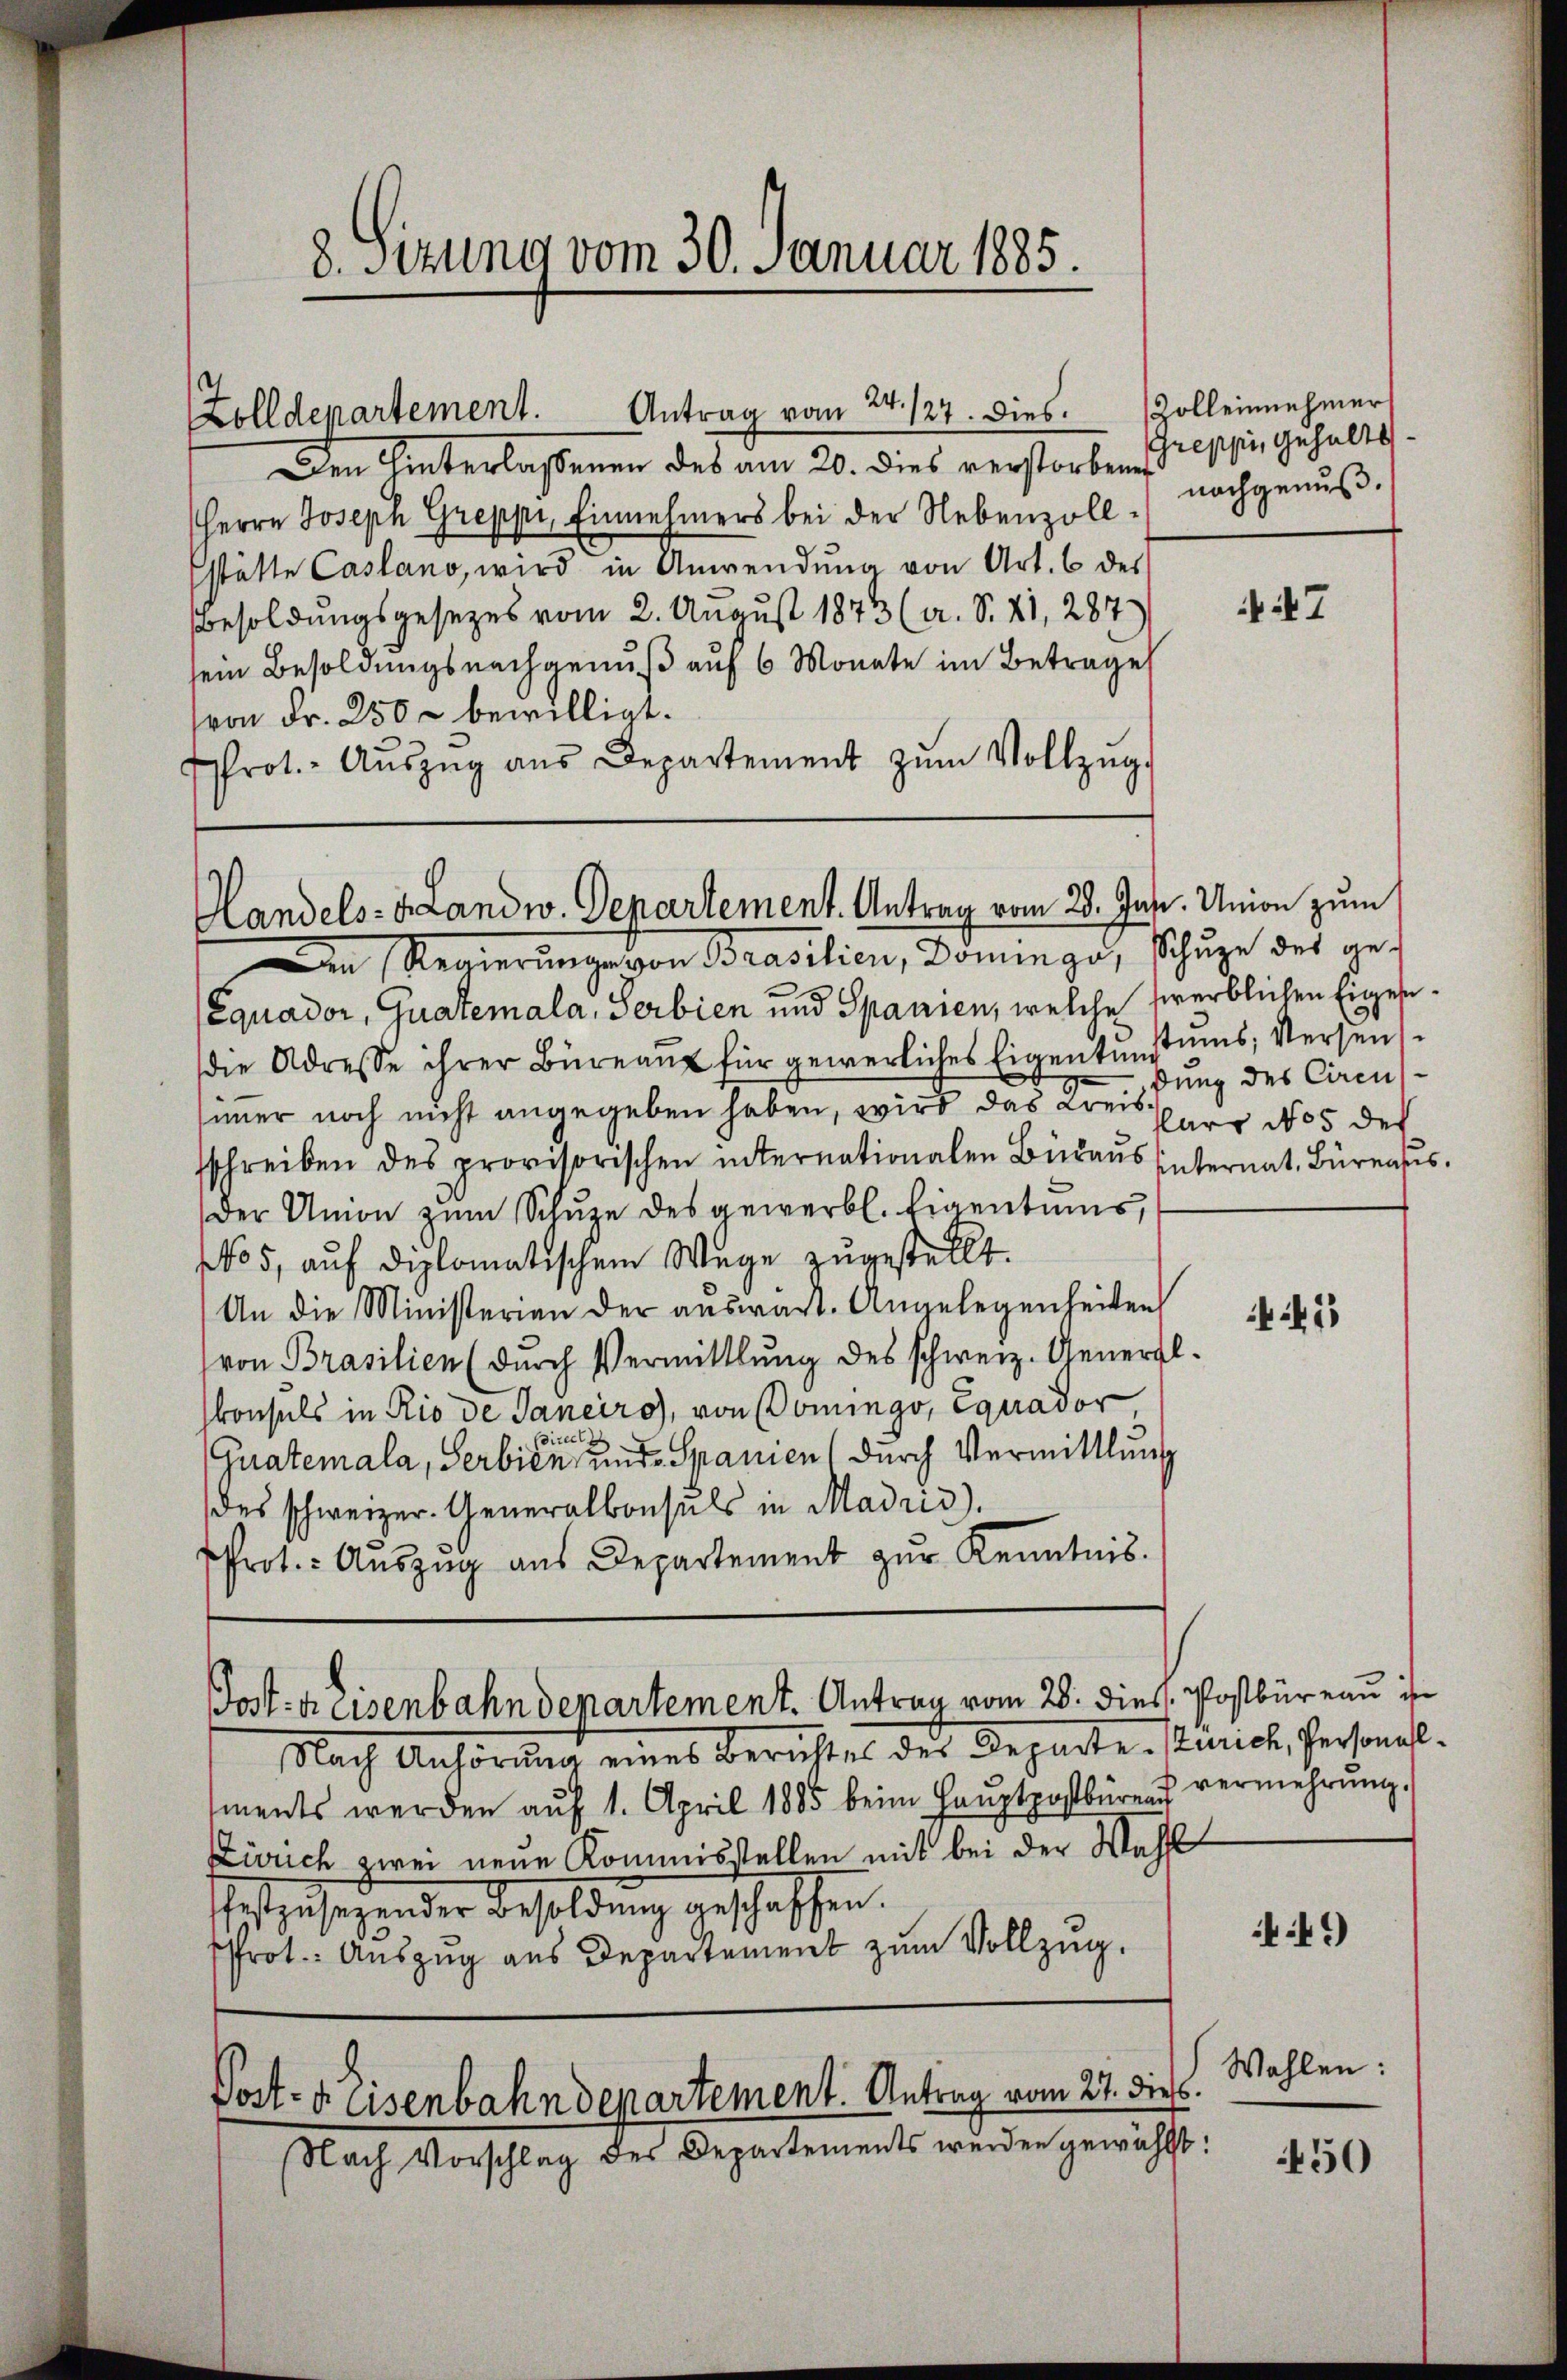
Den Hinterlassenen des am 20. dies verstorben (Greppe gehalts¬
Herrn Joseph Greppe, Einnehmers bei der Nebenzollstätte Casano, wird in Anwendŭng von Art. 6 des
Besoldungsgesezes vom 2. August 1843 (a. S. 21, 287)
sein Besoldungsnachgenuß auf 6 Monate im Betrage
(von Fr. 250 bewilligt.
rot. Aŭszŭg aŭs Departement zŭm Vollzŭg-

Zolldepartement. Antrag vom 24. 127. dies. Zolleinnehmer

8. Sizung vom 30. Januar 1885.

Nach Anhörung eines Berichtes des Departe Zürich, Personalments werden aŭf 1. April 1885 beim Haŭptpostbüren vermehrŭng.
Zivrich zwei neue Kommisstellen mit bei der Wahl
sfestgesehender Besoldung geschaffen.
Prot. Auszug aus Departement zum Vollzug.

Equador, Quatemala, Serbien und Spanien, welche fwerblichen Eigendie Adresse ihrer Büreau für gewerliches Eigentunstums, Versunsimer noch nicht angegeben haben, wird das Kreissere No 5 des
sschreiben des provisorischen internationalen Beraus hinternat. Büreaus.
Der Union zum Schuze des gewerbl. Eigentums
No 5, auf diplomatischem Wege zugestellt.
An die Ministerien der aŭswärt. Angelegenheiten
von Brasilien (durch Vermittlung des schweiz. General.
konsuls in Rio de Janeiro), von Domingo, Equador
direct
Guatemala, Serbien und Spanien durch Vermittlung
des schweizer. Generalkonsuls in Madrid).
Prot. Aŭszŭg aŭs Departement zŭr Kenntnis.

Handels- u. Landw. Departement. Antrag vom 28. Jun. Union zum
Dn Regierung von Brasilien, Dominge, Schuze des ges

Posten Eisenbahndepartement. Antrag vom 20. diess. Postbüreau ihr

nachgenuß.

Post- & Eisenbahndepartement. Antrag vom 27. die
Nach Vorschlag des Departements werden gewählt:

i7

ßung des Circus

1

49

Wahlen:

450